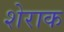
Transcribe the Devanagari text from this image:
शेराक